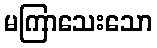
မကြာသေးသော